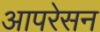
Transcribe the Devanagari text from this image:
आपरेसन